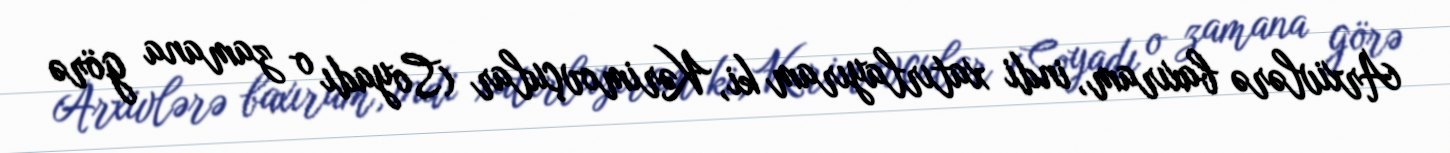
Arxivlərə baxıram, indi xatırlayıram ki, Kərimovçular (Soyadı o zamana görə